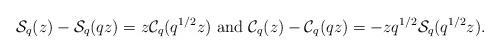
LaTeX: \begin{align*} \mathcal{S}_{q}(z)-\mathcal{S}_{q}(qz)=z\mathcal{C}_{q}(q^{1/2}z) \mbox{ and } \mathcal{C}_{q}(z)-\mathcal{C}_{q}(qz)=-zq^{1/2}\mathcal{S}_{q}(q^{1/2}z). \end{align*}